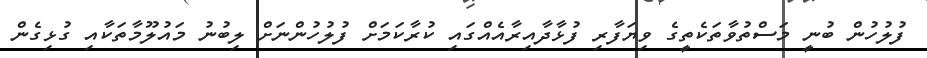
ފުލުހުން ބުނީ މަސްތުވާތަކެތީގެ ވިޔަފާރި ފުޅާދާއިރާއެއްގައި ކުރާކަމަށް ފުލުހުންނަށް ލިބުނު މައުލޫމާތަކާއި ގުޅިގެން